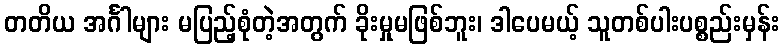
တတိယ အင်္ဂါများ မပြည့်စုံတဲ့အတွက် ခိုးမှုမဖြစ်ဘူး၊ ဒါပေမယ့် သူတစ်ပါးပစ္စည်းမှန်း